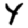
Digit: 4